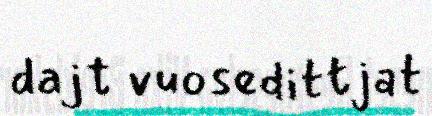
dajt vuosedittjat